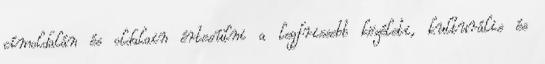
címoldalán és oldalain értesülni a legfrissebb közéleti, kulturális és